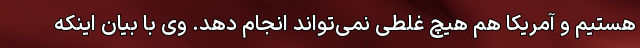
هستیم و آمریکا هم هیچ غلطی ‌نمی‌تواند انجام دهد. وی با بیان اینکه